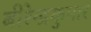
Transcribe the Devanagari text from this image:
बीरेन्द्रकुमार